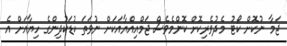
ޖަމާ ނުކޮށް ކޯޓު މެދުވެރިކޮށް ކޮންމެވެސް ޖަމްއިއްޔާއަކަށް ނުވަތަ ކުޑަކުދިންގެ ހިޔާއަށް އެ